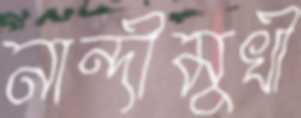
নান্দীমুখী